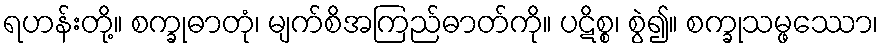
ရဟန်းတို့။ စက္ခုဓာတုံ၊ မျက်စိအကြည်ဓာတ်ကို။ ပဋိစ္စ၊ စွဲ၍။ စက္ခုသမ္ဖဿော၊